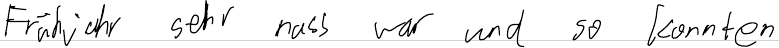
Frühjahr sehr nass war und so konnten